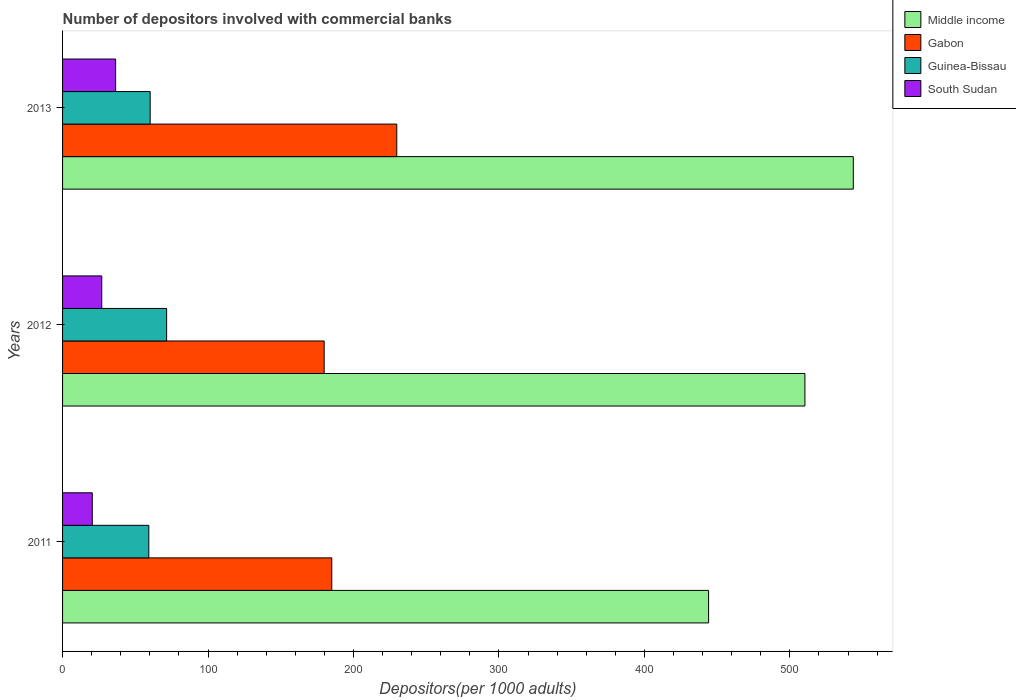
| Years | Middle income | Gabon | Guinea-Bissau | South Sudan |
 | --- | --- | --- | --- | --- |
 | 2011 | 444 | 185 | 59.3 | 20.4 |
 | 2012 | 510 | 180 | 71.5 | 26.9 |
 | 2013 | 544 | 230 | 60.2 | 36.5 |